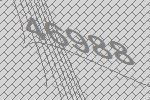
46988